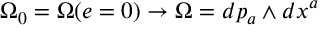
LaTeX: \Omega _ { 0 } = \Omega ( e = 0 ) \rightarrow \Omega = d p _ { a } \wedge d x ^ { a }